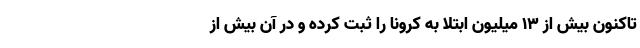
تاکنون بیش از 13 میلیون ابتلا به کرونا را ثبت کرده و در آن بیش از